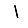
Digit: 1